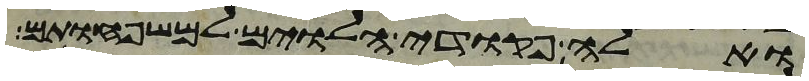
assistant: ואלה פקדי הלוים למשפחותם